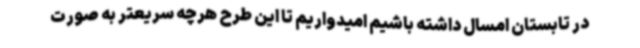
در تابستان امسال داشته باشیم امیدواریم تا این طرح هرچه سریعتر به صورت